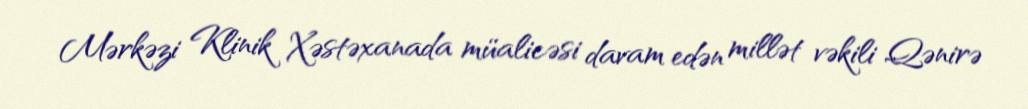
Mərkəzi Klinik Xəstəxanada müalicəsi davam edən millət vəkili Qənirə